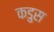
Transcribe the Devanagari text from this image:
कडुस